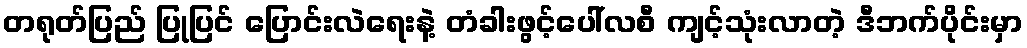
တရုတ်ပြည် ပြုပြင် ပြောင်းလဲရေးနဲ့ တံခါးဖွင့်ပေါ်လစီ ကျင့်သုံးလာတဲ့ ဒီဘက်ပိုင်းမှာ